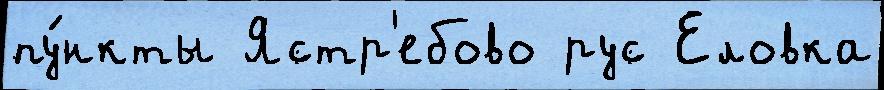
пу́нкты Ястр'ебово рус Еловка